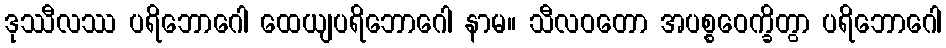
ဒုဿီလဿ ပရိဘောဂေါ ထေယျပရိဘောဂေါ နာမ။ သီလဝတော အပစ္စဝေက္ခိတွာ ပရိဘောဂေါ